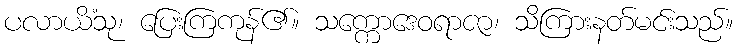
ပလာယိံသု၊ ပြေးကြကုန်၏။ သက္ကောဒေဝရာဇာ၊ သိကြားနတ်မင်းသည်။